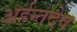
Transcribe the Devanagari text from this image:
अर्हन्तदेव